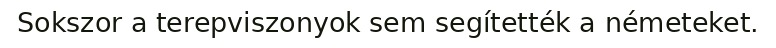
Sokszor a terepviszonyok sem segítették a németeket.